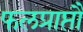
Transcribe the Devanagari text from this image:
फलप्राप्तौ